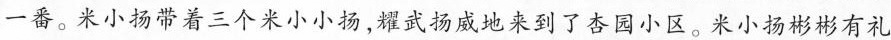
一番。米小扬带着三个米小小扬,耀武扬威地来到了杏园小区。米小扬彬彬有礼